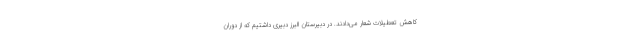
کاهش تعطیلات شعار می‌دادند. در دبیرستان البرز دبیری داشتیم که از دوران